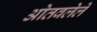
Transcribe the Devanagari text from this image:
ओतवलेले